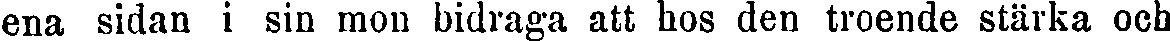
ena sidan i sin mou bidraga att hos den troende stärka och